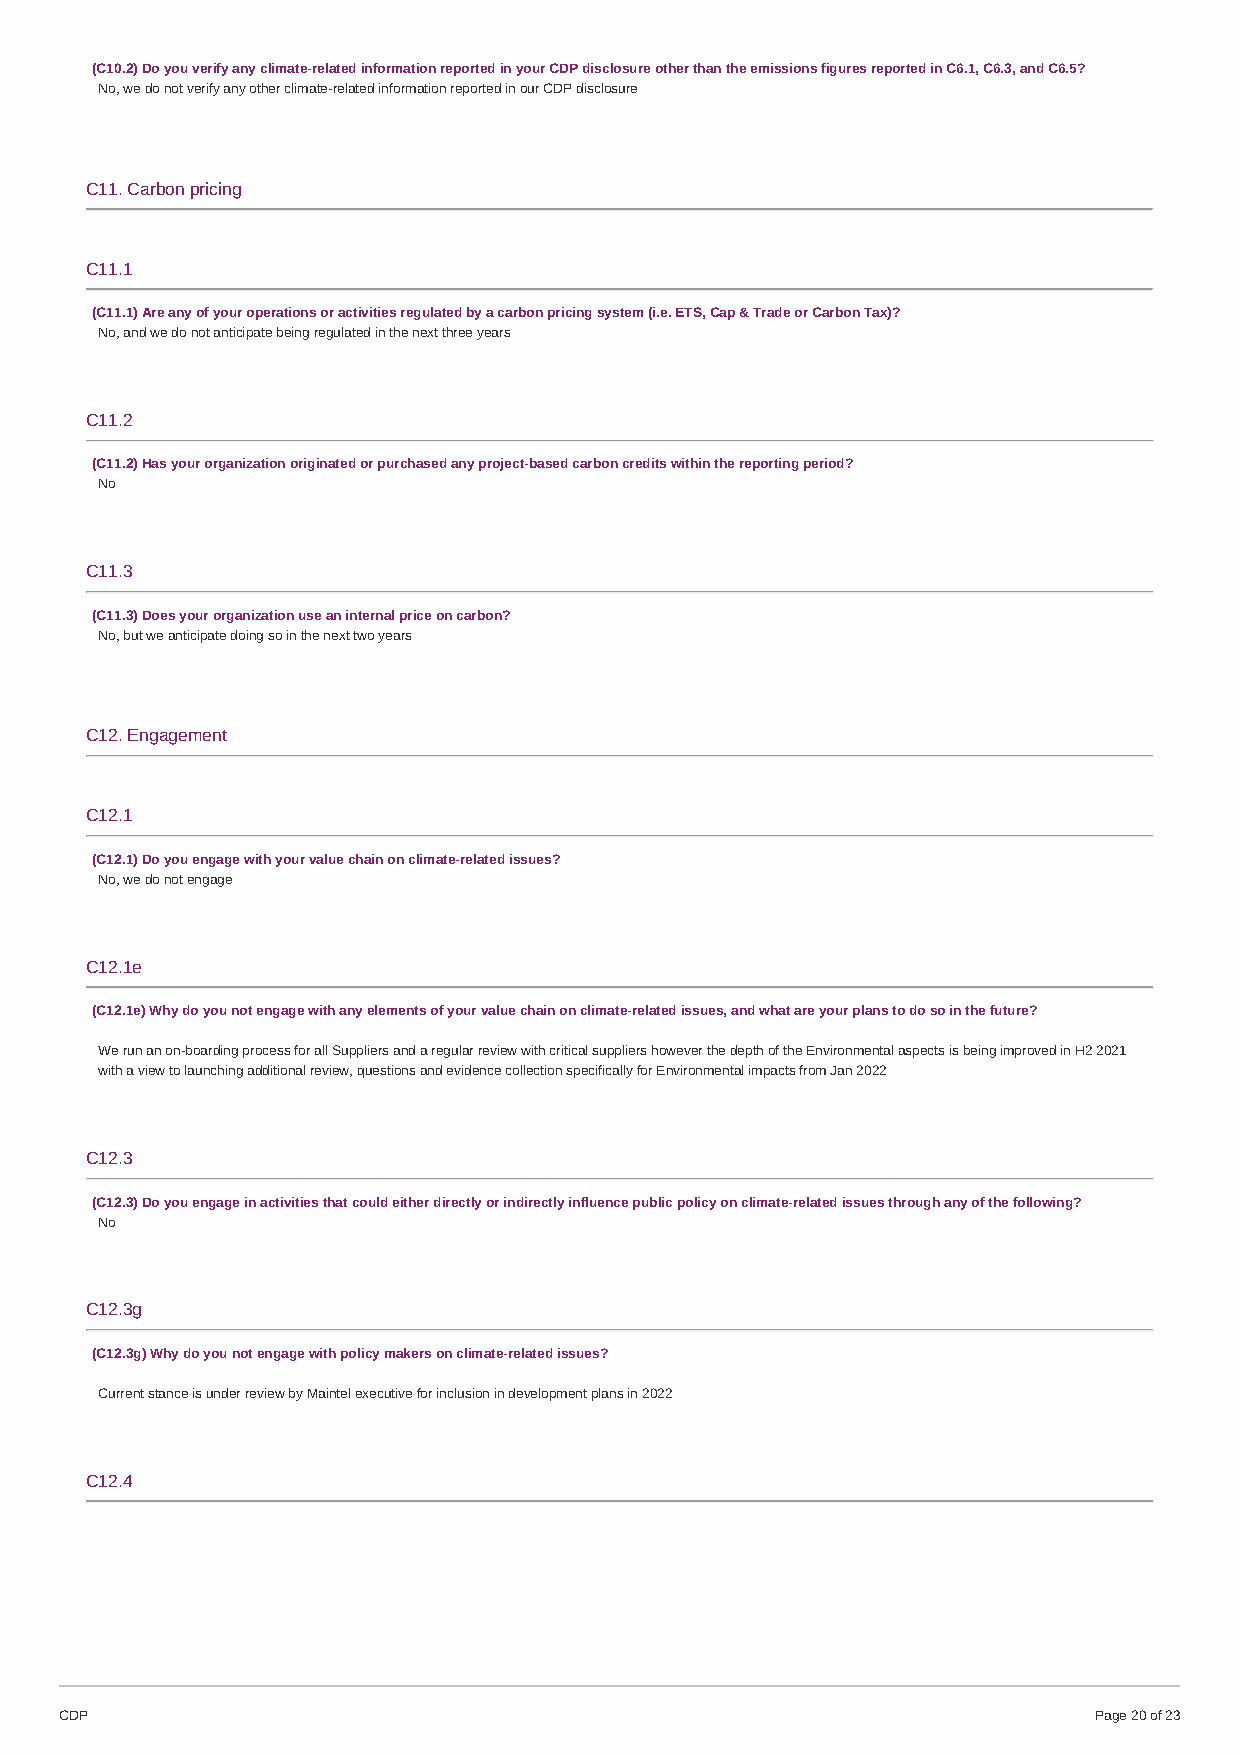
(C10.2) Do you verify any climate-related information reported in your CDP disclosure other than the emissions figures reported in C6.1, C6.3, and C6.5?
 No, we do not verify any other climate-related information reported in our CDP disclosure
 C11. Carbon pricing
 C11.1
 (C11.1) Are any of your operations or activities regulated by a carbon pricing system (i.e. ETS, Cap & Trade or Carbon Tax)?
 No, and we do not anticipate being regulated in the next three years
 C11.2
 (C11.2) Has your organization originated or purchased any project-based carbon credits within the reporting period?
 No
 C11.3
 (C11.3) Does your organization use an internal price on carbon?
 No, but we anticipate doing so in the next two years
 C12. Engagement
 C12.1
 (C12.1) Do you engage with your value chain on climate-related issues?
 No, we do not engage
 C12.1e
 (C12.1e) Why do you not engage with any elements of your value chain on climate-related issues, and what are your plans to do so in the future?
 We run an on-boarding process for all Suppliers and a regular review with critical suppliers however the depth of the Environmental aspects is being improved in H2 2021
 with a view to launching additional review, questions and evidence collection specifically for Environmental impacts from Jan 2022
 C12.3
 (C12.3) Do you engage in activities that could either directly or indirectly influence public policy on climate-related issues through any of the following?
 No
 C12.3g
 (C12.3g) Why do you not engage with policy makers on climate-related issues?
 Current stance is under review by Maintel executive for inclusion in development plans in 2022
 C12.4
 CDP                                                                 Page 20 of 23